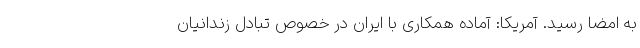
به امضا رسید. آمریکا: آماده همکاری با ایران در خصوص تبادل زندانیان